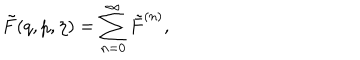
\tilde { F } ( q , p , \eta ) = \sum _ { n = 0 } ^ { \infty } \tilde { F } ^ { ( n ) } ,